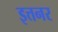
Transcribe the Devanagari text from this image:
इत्तनर